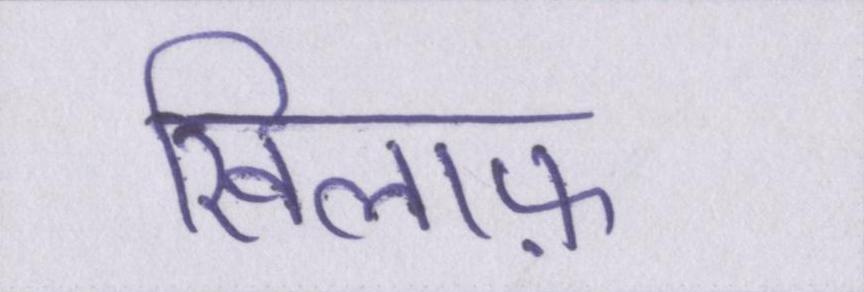
खिलाफ़